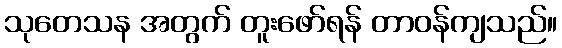
သုတေသန အတွက် တူးဖော်ရန် တာဝန်ကျသည်။